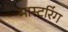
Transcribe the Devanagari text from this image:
मास्‍टरिंग